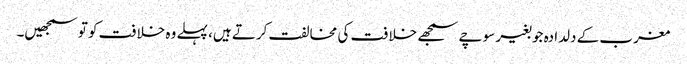
مغرب کے دلدادہ جو بغیر سوچے سمجھے خلافت کی مخالفت کرتے ہیں، پہلے وہ خلافت کو تو سمجھیں۔